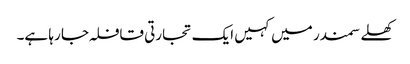
کھلے سمندر میں کہیں ایک تجارتی قافلہ جا رہا ہے۔